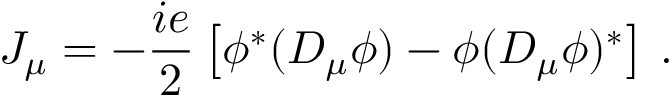
J _ { \mu } = - { \frac { i e } { 2 } } \left[ \phi ^ { * } ( { \cal D } _ { \mu } \phi ) - \phi ( { \cal D } _ { \mu } \phi ) ^ { * } \right] \, .